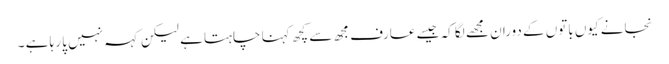
نجانے کیوں باتوں کے دوران مجھے لگا کہ جیسے عارف مجھ سے کچھ کہنا چاہتا ہے لیکن کہہ نہیں پا رہا ہے ۔